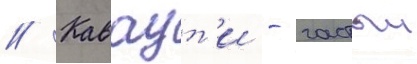
// Каваут'и - частыи